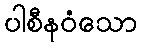
ပါစီနဝံသော